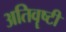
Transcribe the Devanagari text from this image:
अतिवॄष्टी